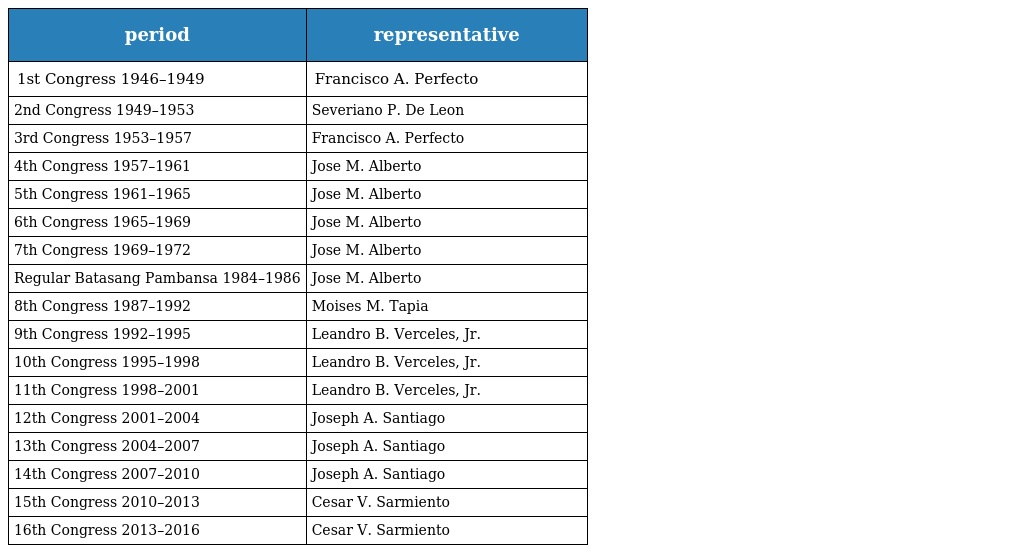
| period | representative |
 | --- | --- |
 | 1st Congress 1946–1949 | Francisco A. Perfecto |
 | 2nd Congress 1949–1953 | Severiano P. De Leon |
 | 3rd Congress 1953–1957 | Francisco A. Perfecto |
 | 4th Congress 1957–1961 | Jose M. Alberto |
 | 5th Congress 1961–1965 | Jose M. Alberto |
 | 6th Congress 1965–1969 | Jose M. Alberto |
 | 7th Congress 1969–1972 | Jose M. Alberto |
 | Regular Batasang Pambansa 1984–1986 | Jose M. Alberto |
 | 8th Congress 1987–1992 | Moises M. Tapia |
 | 9th Congress 1992–1995 | Leandro B. Verceles, Jr. |
 | 10th Congress 1995–1998 | Leandro B. Verceles, Jr. |
 | 11th Congress 1998–2001 | Leandro B. Verceles, Jr. |
 | 12th Congress 2001–2004 | Joseph A. Santiago |
 | 13th Congress 2004–2007 | Joseph A. Santiago |
 | 14th Congress 2007–2010 | Joseph A. Santiago |
 | 15th Congress 2010–2013 | Cesar V. Sarmiento |
 | 16th Congress 2013–2016 | Cesar V. Sarmiento |